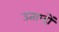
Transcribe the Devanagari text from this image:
उताप्दों